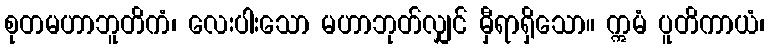
စုတမဟာဘူတိကံ၊ လေးပါးသော မဟာဘုတ်လျှင် မှီရာရှိသော။ ဣမံ ပူတိကာယံ၊